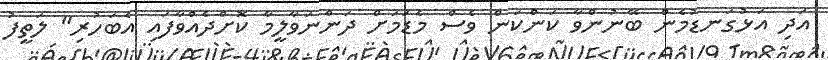
އަދި އަޅުގަނޑުމެން ބޭނުންވާ ކަންކަން ވެސް މެޑަމަށް ދަންނަވާލީމާ ކޮށްދެއްވާފައި އެބަހުރި" ލަތީފު